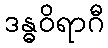
ဒန္ဓဝိရာဂီ